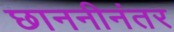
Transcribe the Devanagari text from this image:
छाननीनंतर